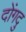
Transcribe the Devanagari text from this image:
दोंगदु